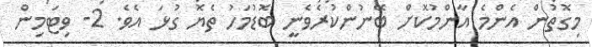
މިގޮތުން އެންމެ އާންމުކޮށް ބޭނުންކުރެވެނީ ބޮޑުމަހު ތެޔޮ ގުޅަ އެވެ. 2- ވިޓަމިން